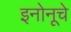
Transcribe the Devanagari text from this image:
इनोनूचे